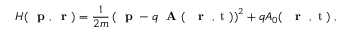
H ( \mathrm { ~ \bf ~ p ~ } , \mathrm { ~ \bf ~ r ~ } ) = \frac { 1 } { 2 m } \left( \mathrm { ~ \bf ~ p ~ } - q \mathrm { ~ \bf ~ A ~ } ( \mathrm { ~ { ~ \bf ~ r ~ } ~ , ~ t ~ } ) \right) ^ { 2 } + q A _ { 0 } ( \mathrm { ~ { ~ \bf ~ r ~ } ~ , ~ t ~ } ) \; ,